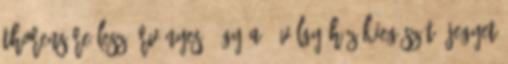
Thorens-re lesz érvényes, így a 3 völgy-höz kiegészítő jegyet